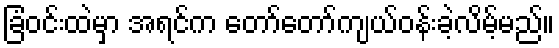
ခြံဝင်းထဲမှာ အရင်က တော်တော်ကျယ်ဝန်းခဲ့လိမ့်မည်။